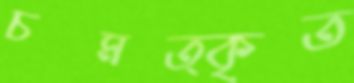
চমত্কৃত